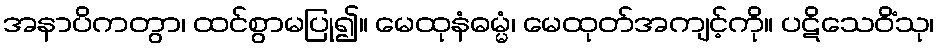
အနာပိကတွာ၊ ထင်စွာမပြု၍။ မေထုနံဓမ္မံ၊ မေထုတ်အကျင့်ကို။ ပဋိသေဝိံသု၊